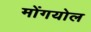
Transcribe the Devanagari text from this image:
मोंगयोल